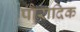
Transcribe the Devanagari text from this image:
पौरादिक